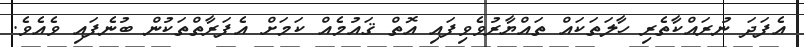
އެފަދަ ނުރައްކާތެރި ހާލަތަކައް ތައްޔާރުވެވިފައި އޮތް ޤައުމެއް ކަމަށް އެފަރާތްތަކުން ބުނެފައި ވެއެވެ.